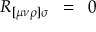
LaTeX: R _ { [ \mu \nu \rho ] \sigma } \; \; = \; \; 0